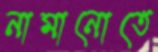
নামানোতে